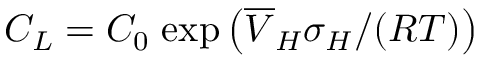
C _ { L } = C _ { 0 } \; \mathrm { e x p } \left( \overline { { V } } _ { H } \sigma _ { H } / ( R T ) \right)